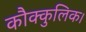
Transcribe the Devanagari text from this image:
कौक्कुलिक।